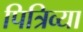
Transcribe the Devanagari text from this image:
पित्रिव्या